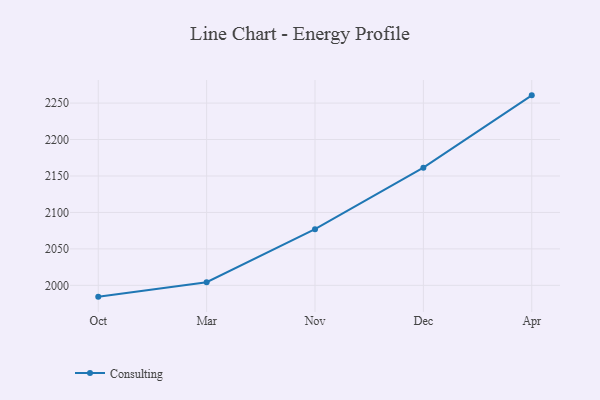
{"axis": {"x": "Month", "y": "Page Views"}, "legend": ["Consulting"], "data": [{"x": "Oct", "y": 1984.5, "type": "Consulting"}, {"x": "Mar", "y": 2004.3, "type": "Consulting"}, {"x": "Nov", "y": 2077.1, "type": "Consulting"}, {"x": "Dec", "y": 2161.4, "type": "Consulting"}, {"x": "Apr", "y": 2260.6, "type": "Consulting"}]}